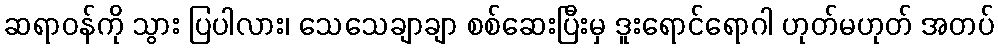
ဆရာဝန်ကို သွား ပြပါလား၊ သေသေချာချာ စစ်ဆေးပြီးမှ ဒူးရောင်ရောဂါ ဟုတ်မဟုတ် အတပ်